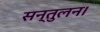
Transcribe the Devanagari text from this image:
सन्तुलन।